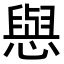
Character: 𢢎